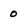
Character: 0